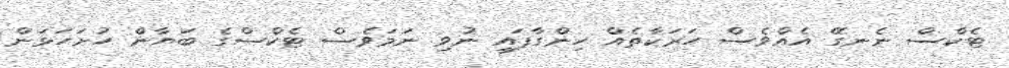
ޓެކްސް ނެނގޭ އެއްވެސް ހަރަކާތެއް ހިންގާފައި ނުވި ނަމަވެސް ޓެކްސްގެ ބަޔާން ހުށަހަޅަން